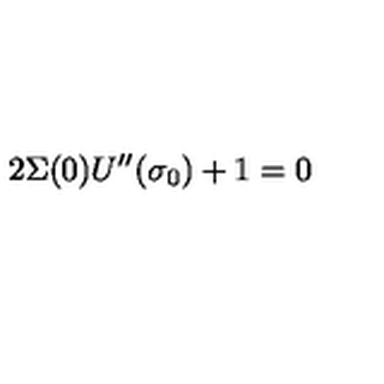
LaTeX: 2 \Sigma ( 0 ) U ^ { \prime \prime } ( \sigma _ { 0 } ) + 1 = 0